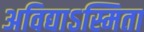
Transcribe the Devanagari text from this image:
अविद्याऽस्मिता